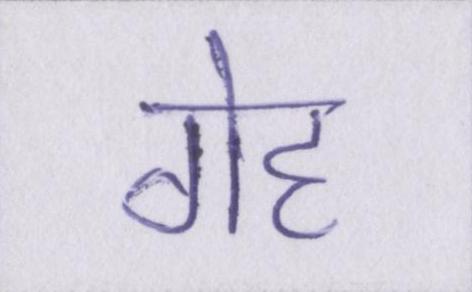
गेह